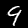
Digit: 9